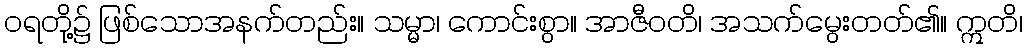
ဝရတို့၌ ဖြစ်သောအနက်တည်း။ သမ္မာ၊ ကောင်းစွာ။ အာဇီဝတိ၊ အသက်မွေးတတ်၏။ ဣတိ၊